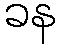
ခန